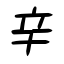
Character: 辛